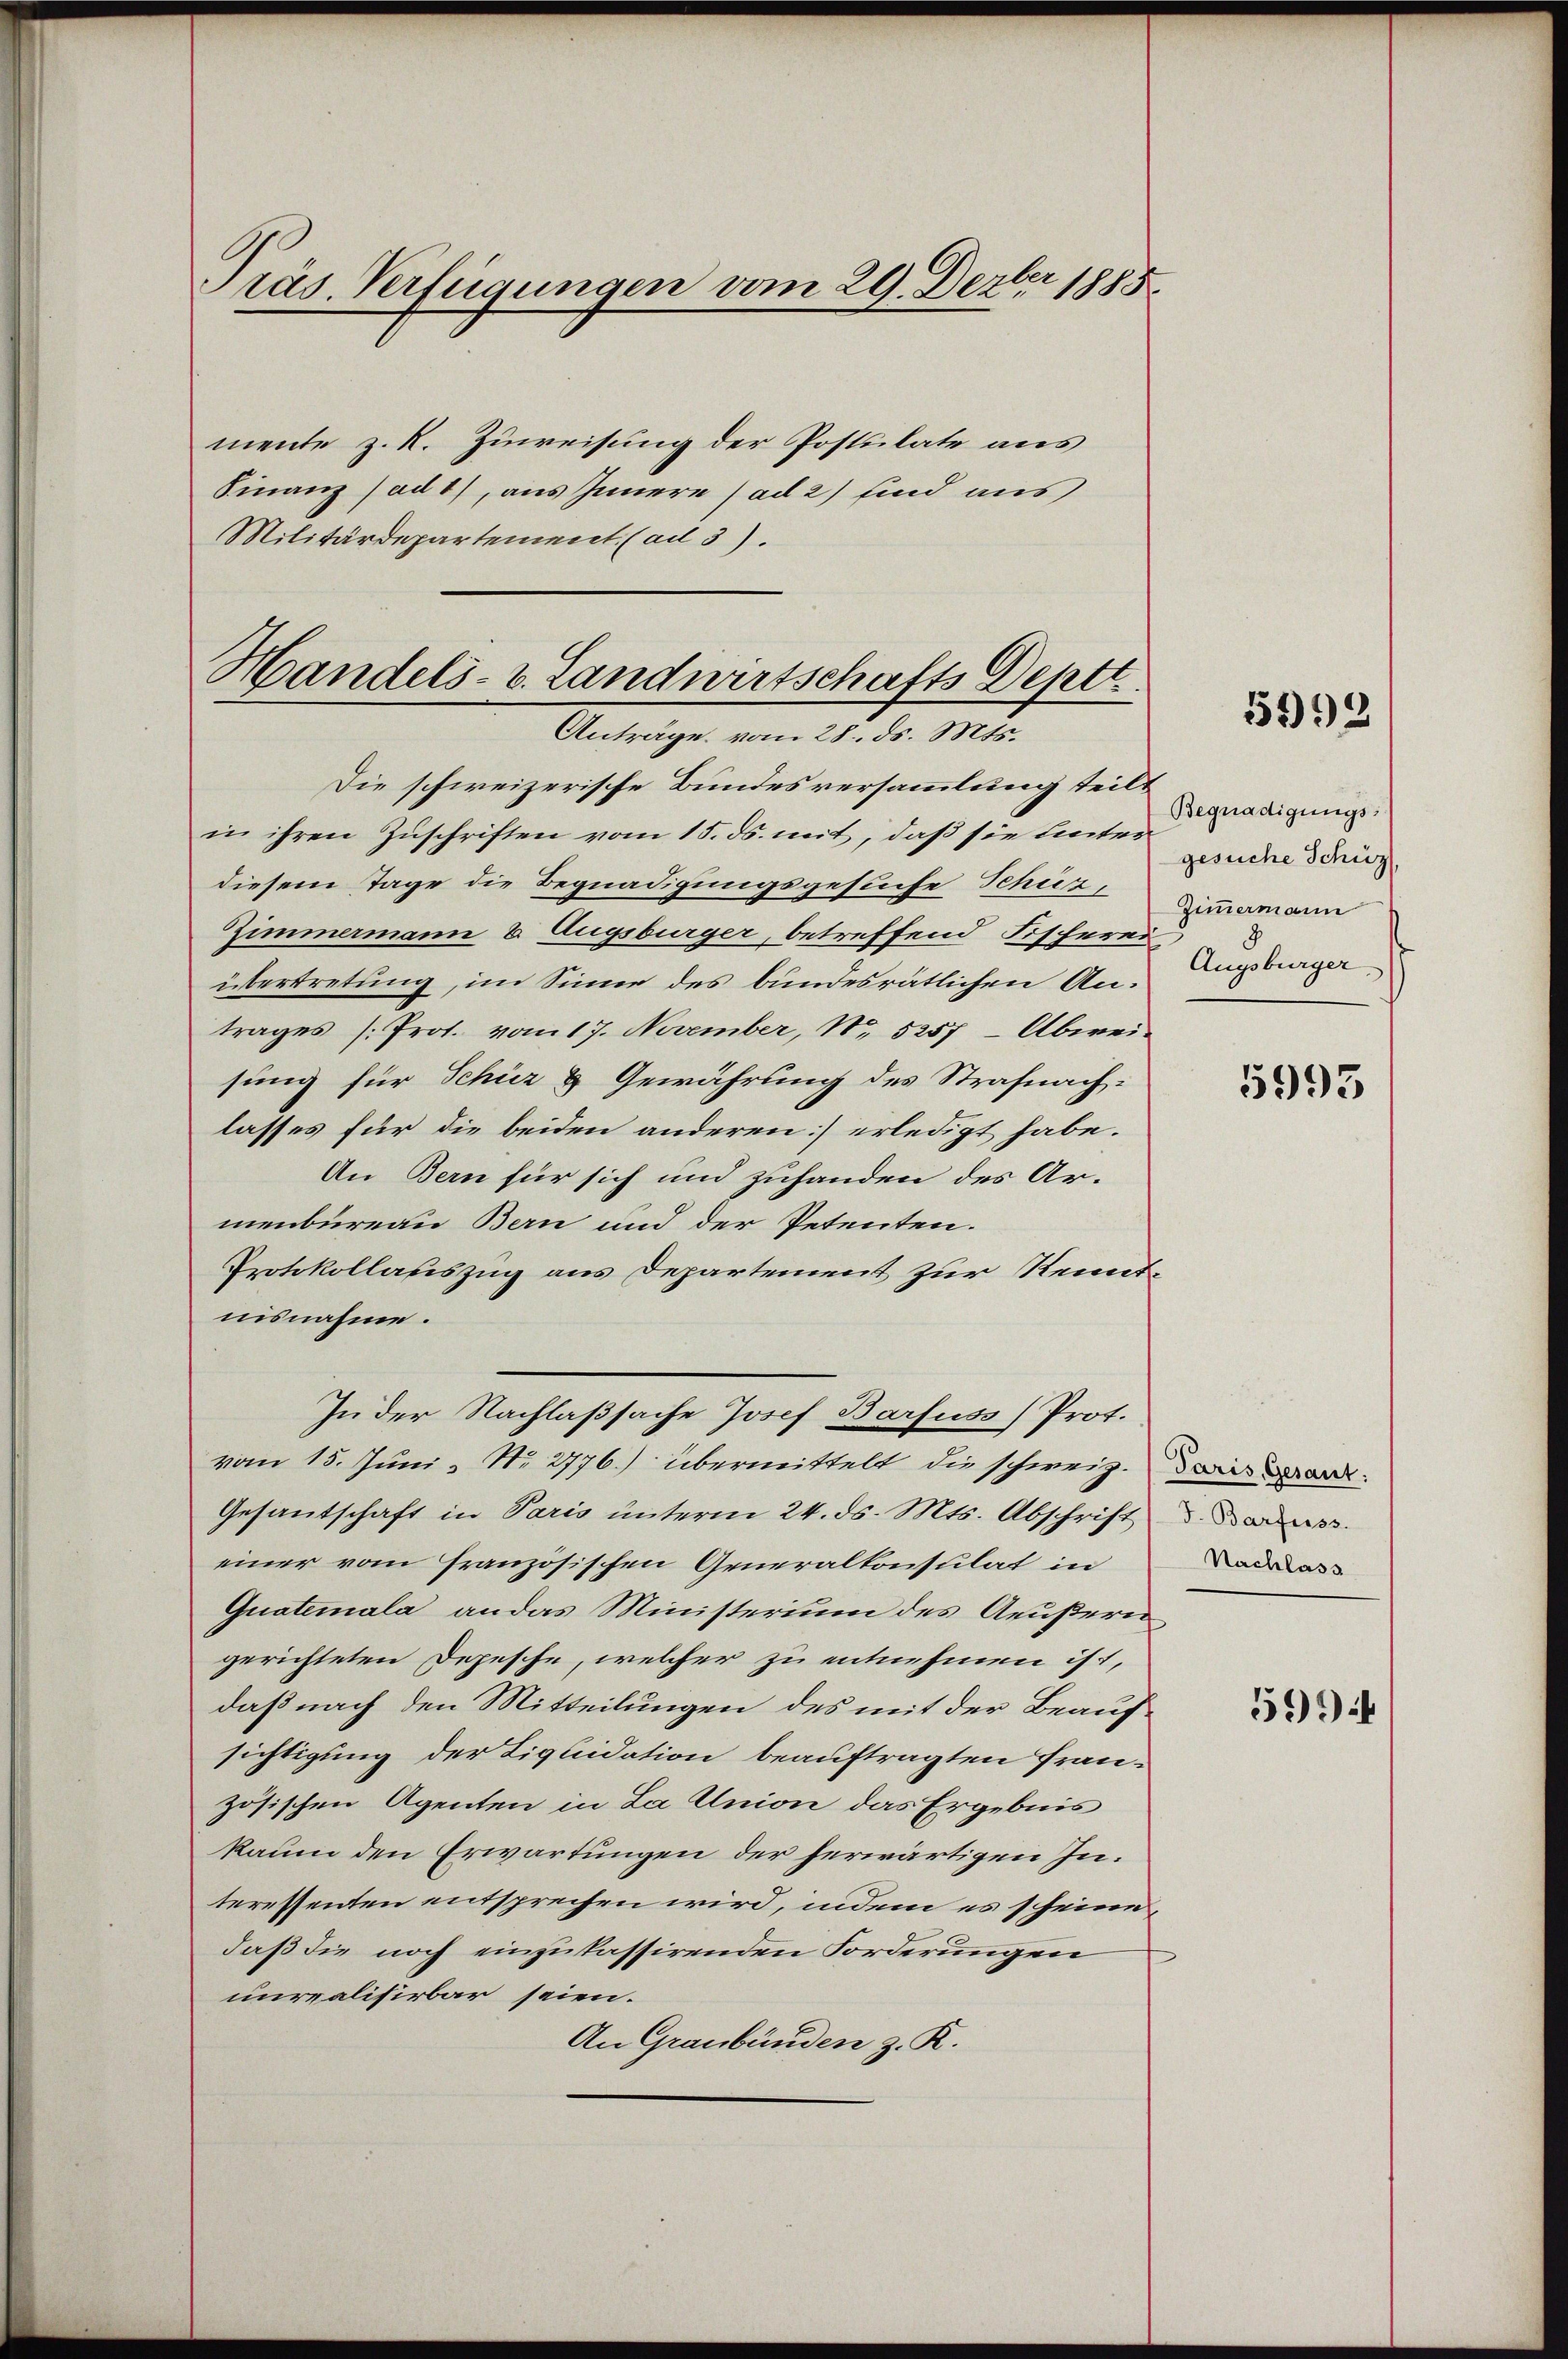
Präs. Verfügungen vom 29. Dezbr 1885

mente z. R. Zuweisung der Postulate aus
Finanz (ad 1), aus Innere (ad 2) sind aus
Militärdepartement (ad 3).

Handels- u. Landwirtschafts Deptt.
Anträge vom 28. ds. Mts.

Die schweizerische Bundesversammlung teilt
in ihren Zuschriften vom 15. ds. mit, daß sie unter
diesem Tage die Begnadigungsgesuche Schüz,
Zimmermann u. Augsburger, betreffend Fischerei
übertretung, im Sinne des bundesrätlichen Antrages [Prot. vom 17. November, No. 5257 - Abweisung für Schür & Gewährung des Strafnachlasses für die beiden anderen] erledigt habe.
An Bern für sich und zuhanden des Armenbureau Bern und der Petenten.
Protokollauszug aus Departement zur Kenntnisnahme.
vom 15. Juni, No 2776) übermittelt die schweiz. Darin an
Gesandschaft in Paris unterm 24. ds. Mts. Abschrift des
einer vom französischen Generalkonsulat in
Quatemala an das Ministerium des Aeußern
gerichteten Depesche, welcher zu entnehmen ist,
daß nach den Mitteilungen des mit der Beaufsichtigung der Liquidation beauftragten Französischen Agenten in La Union das Ergebnis
kaum den Erwartungen der herwärtigen Interessenten entsprechen wird, indem es scheine
daß die noch einzukassirenden Forderungen
unrealisirbar seien.
An Graubünden z. R.

In der Nachlaßsache Josef Barfuss (Prot.

5292

Begnadigungsgesuche Schüz
Zimmermann
Augsburger.

5993

Nachlass

5994